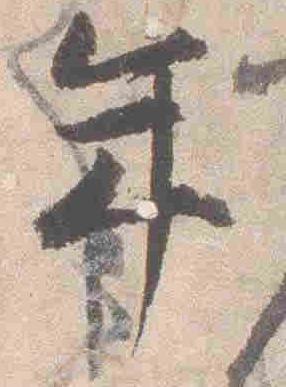
年